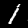
Digit: 1